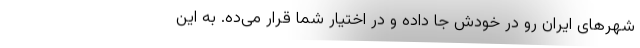
شهرهای ایران رو در خودش جا داده و در اختیار شما قرار می‌ده. به این